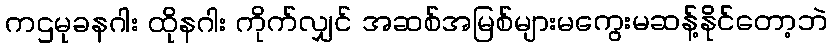
ကဌမုခနဂါး ထိုနဂါး ကိုက်လျှင် အဆစ်အမြစ်များမကွေးမဆန့်နိုင်တော့ဘဲ